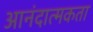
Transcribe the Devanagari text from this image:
आनंदात्मकता